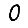
Digit: 0